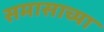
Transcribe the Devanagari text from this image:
समासाच्या